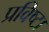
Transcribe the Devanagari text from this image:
प्रविष्टा